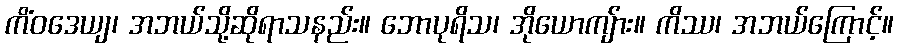
ကိံဝဒေယျ၊ အဘယ်သို့ဆိုရာသနည်း။ ဘောပုရိသ၊ အိုယောကျ်ား။ ကိဿ၊ အဘယ်ကြောင့်။